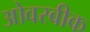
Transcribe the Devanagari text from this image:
ओवरबीक